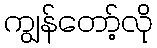
ကျွန်တော့်လို